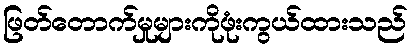
ဖြတ်တောက်မှုများကိုဖုံးကွယ်ထားသည်